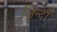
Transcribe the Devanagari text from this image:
जिन्दों